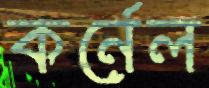
কর্নেল